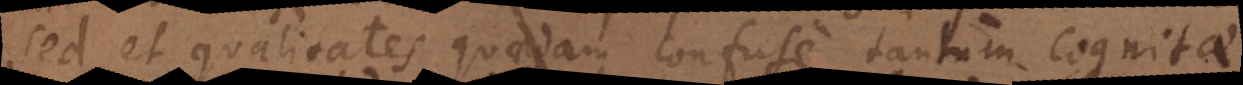
sed et qualitates quaedam confuse tantum cognitae